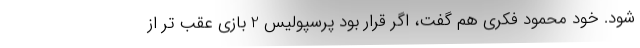
شود. خود محمود فکری هم گفت، اگر قرار بود پرسپولیس 2 بازی عقب تر از